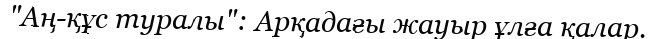
"Аң-құс туралы": Арқадағы жауыр ұлға қалар.